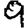
Digit: 9